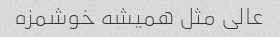
عالی مثل همیشه خوشمزه